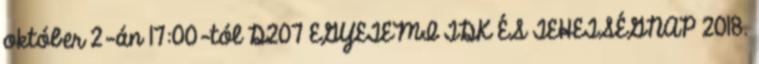
október 2-án 17:00-tól D207 EGYETEMI TDK ÉS TEHETSÉGNAP 2018.